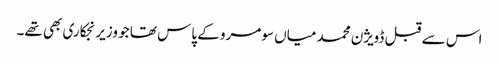
اس سے قبل ڈویژن محمد میاں سومرو کے پاس تھا جو وزیر نجکاری بھی تھے۔